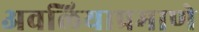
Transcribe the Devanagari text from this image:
अवलियाप्रमाणे